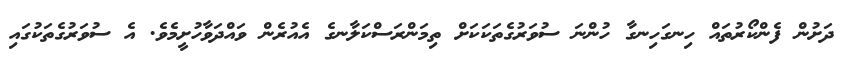
ދަށުން ފެންކޯރުތައް ހިނގަހިނގާ ހުންނަ ސުވަރުގެތަކަކަށް ތިމަންރަސްކަލާނގެ އެއުރެން ވައްދަވާހުށީމެވެ. އެ ސުވަރުގެތަކުގައި